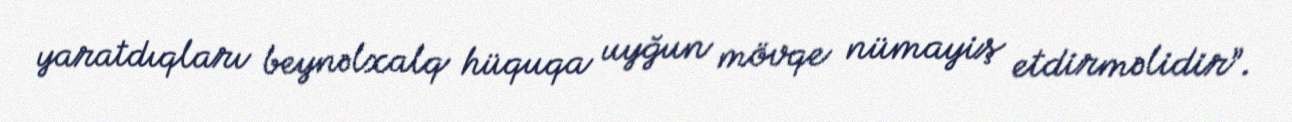
yaratdıqları beynəlxalq hüquqa uyğun mövqe nümayiş etdirməlidir”.